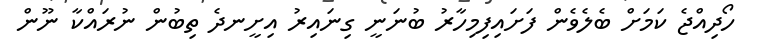
ހޯދިއްޖެ ކަމަށް ބެލެވެން ފަށައިފިމިހާރު ބުނަނީ ގިނައިރު އިށީނދެ ތިބުން ނުރައްކާ ނޫން